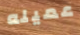
عميله